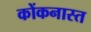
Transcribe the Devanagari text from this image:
कोंकनास्त